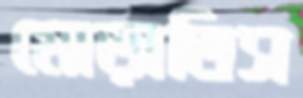
মোড়াতিস